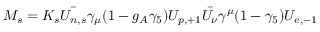
M _ { s } = K _ { s } \bar { U _ { n , s } } \gamma _ { \mu } ( 1 - g _ { A } \gamma _ { 5 } ) U _ { p , + 1 } \bar { U _ { \nu } } \gamma ^ { \mu } ( 1 - \gamma _ { 5 } ) U _ { e , - 1 }